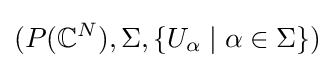
(P(\mathbb {C} ^{N}),\Sigma ,\{U_{\alpha }\;\vert \;\alpha \in \Sigma \})